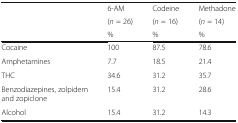
<table><thead><tr><td rowspan="3">[EMPTY_CELL]</td><td><b>6-AM</b></td><td><b>Codeine</b></td><td><b>Methadone</b></td></tr><tr><td><b>(<i>n</i> = 26)</b></td><td><b>(<i>n</i> = 16)</b></td><td><b>(<i>n</i> = 14)</b></td></tr><tr><td><b>%</b></td><td><b>%</b></td><td><b>%</b></td></tr></thead><tbody><tr><td>Cocaine</td><td>100</td><td>87.5</td><td>78.6</td></tr><tr><td>Amphetamines</td><td>7.7</td><td>18.5</td><td>21.4</td></tr><tr><td>THC</td><td>34.6</td><td>31.2</td><td>35.7</td></tr><tr><td>Benzodiazepines, zolpidem and zopiclone</td><td>15.4</td><td>31.2</td><td>28.6</td></tr><tr><td>Alcohol</td><td>15.4</td><td>31.2</td><td>14.3</td></tr></tbody></table>